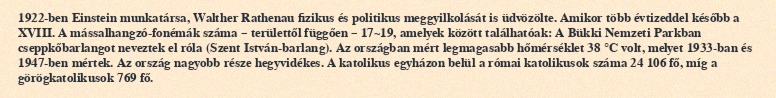
1922-ben Einstein munkatársa, Walther Rathenau fizikus és politikus meggyilkolását is üdvözölte. Amikor több évtizeddel később a XVIII. A mássalhangzó-fonémák száma – területtől függően – 17~19, amelyek között találhatóak: A Bükki Nemzeti Parkban cseppkőbarlangot neveztek el róla (Szent István-barlang). Az országban mért legmagasabb hőmérséklet 38 °C volt, melyet 1933-ban és 1947-ben mértek. Az ország nagyobb része hegyvidékes. A katolikus egyházon belül a római katolikusok száma 24 106 fő, míg a görögkatolikusok 769 fő.